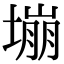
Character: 塴